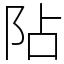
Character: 阽